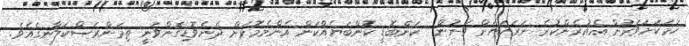
ހަމަކަށަވަރުން އެއުރެންކުރެ ނަރަކަޔަށް ވަނުން  ކަންބޮޑީ ކޮންބަޔެއްކަން އެންމެމޮޅަށް ދެނެވޮޑިގެންވަނީ ތިމަންރަސްކަލާނގެއެވެ.